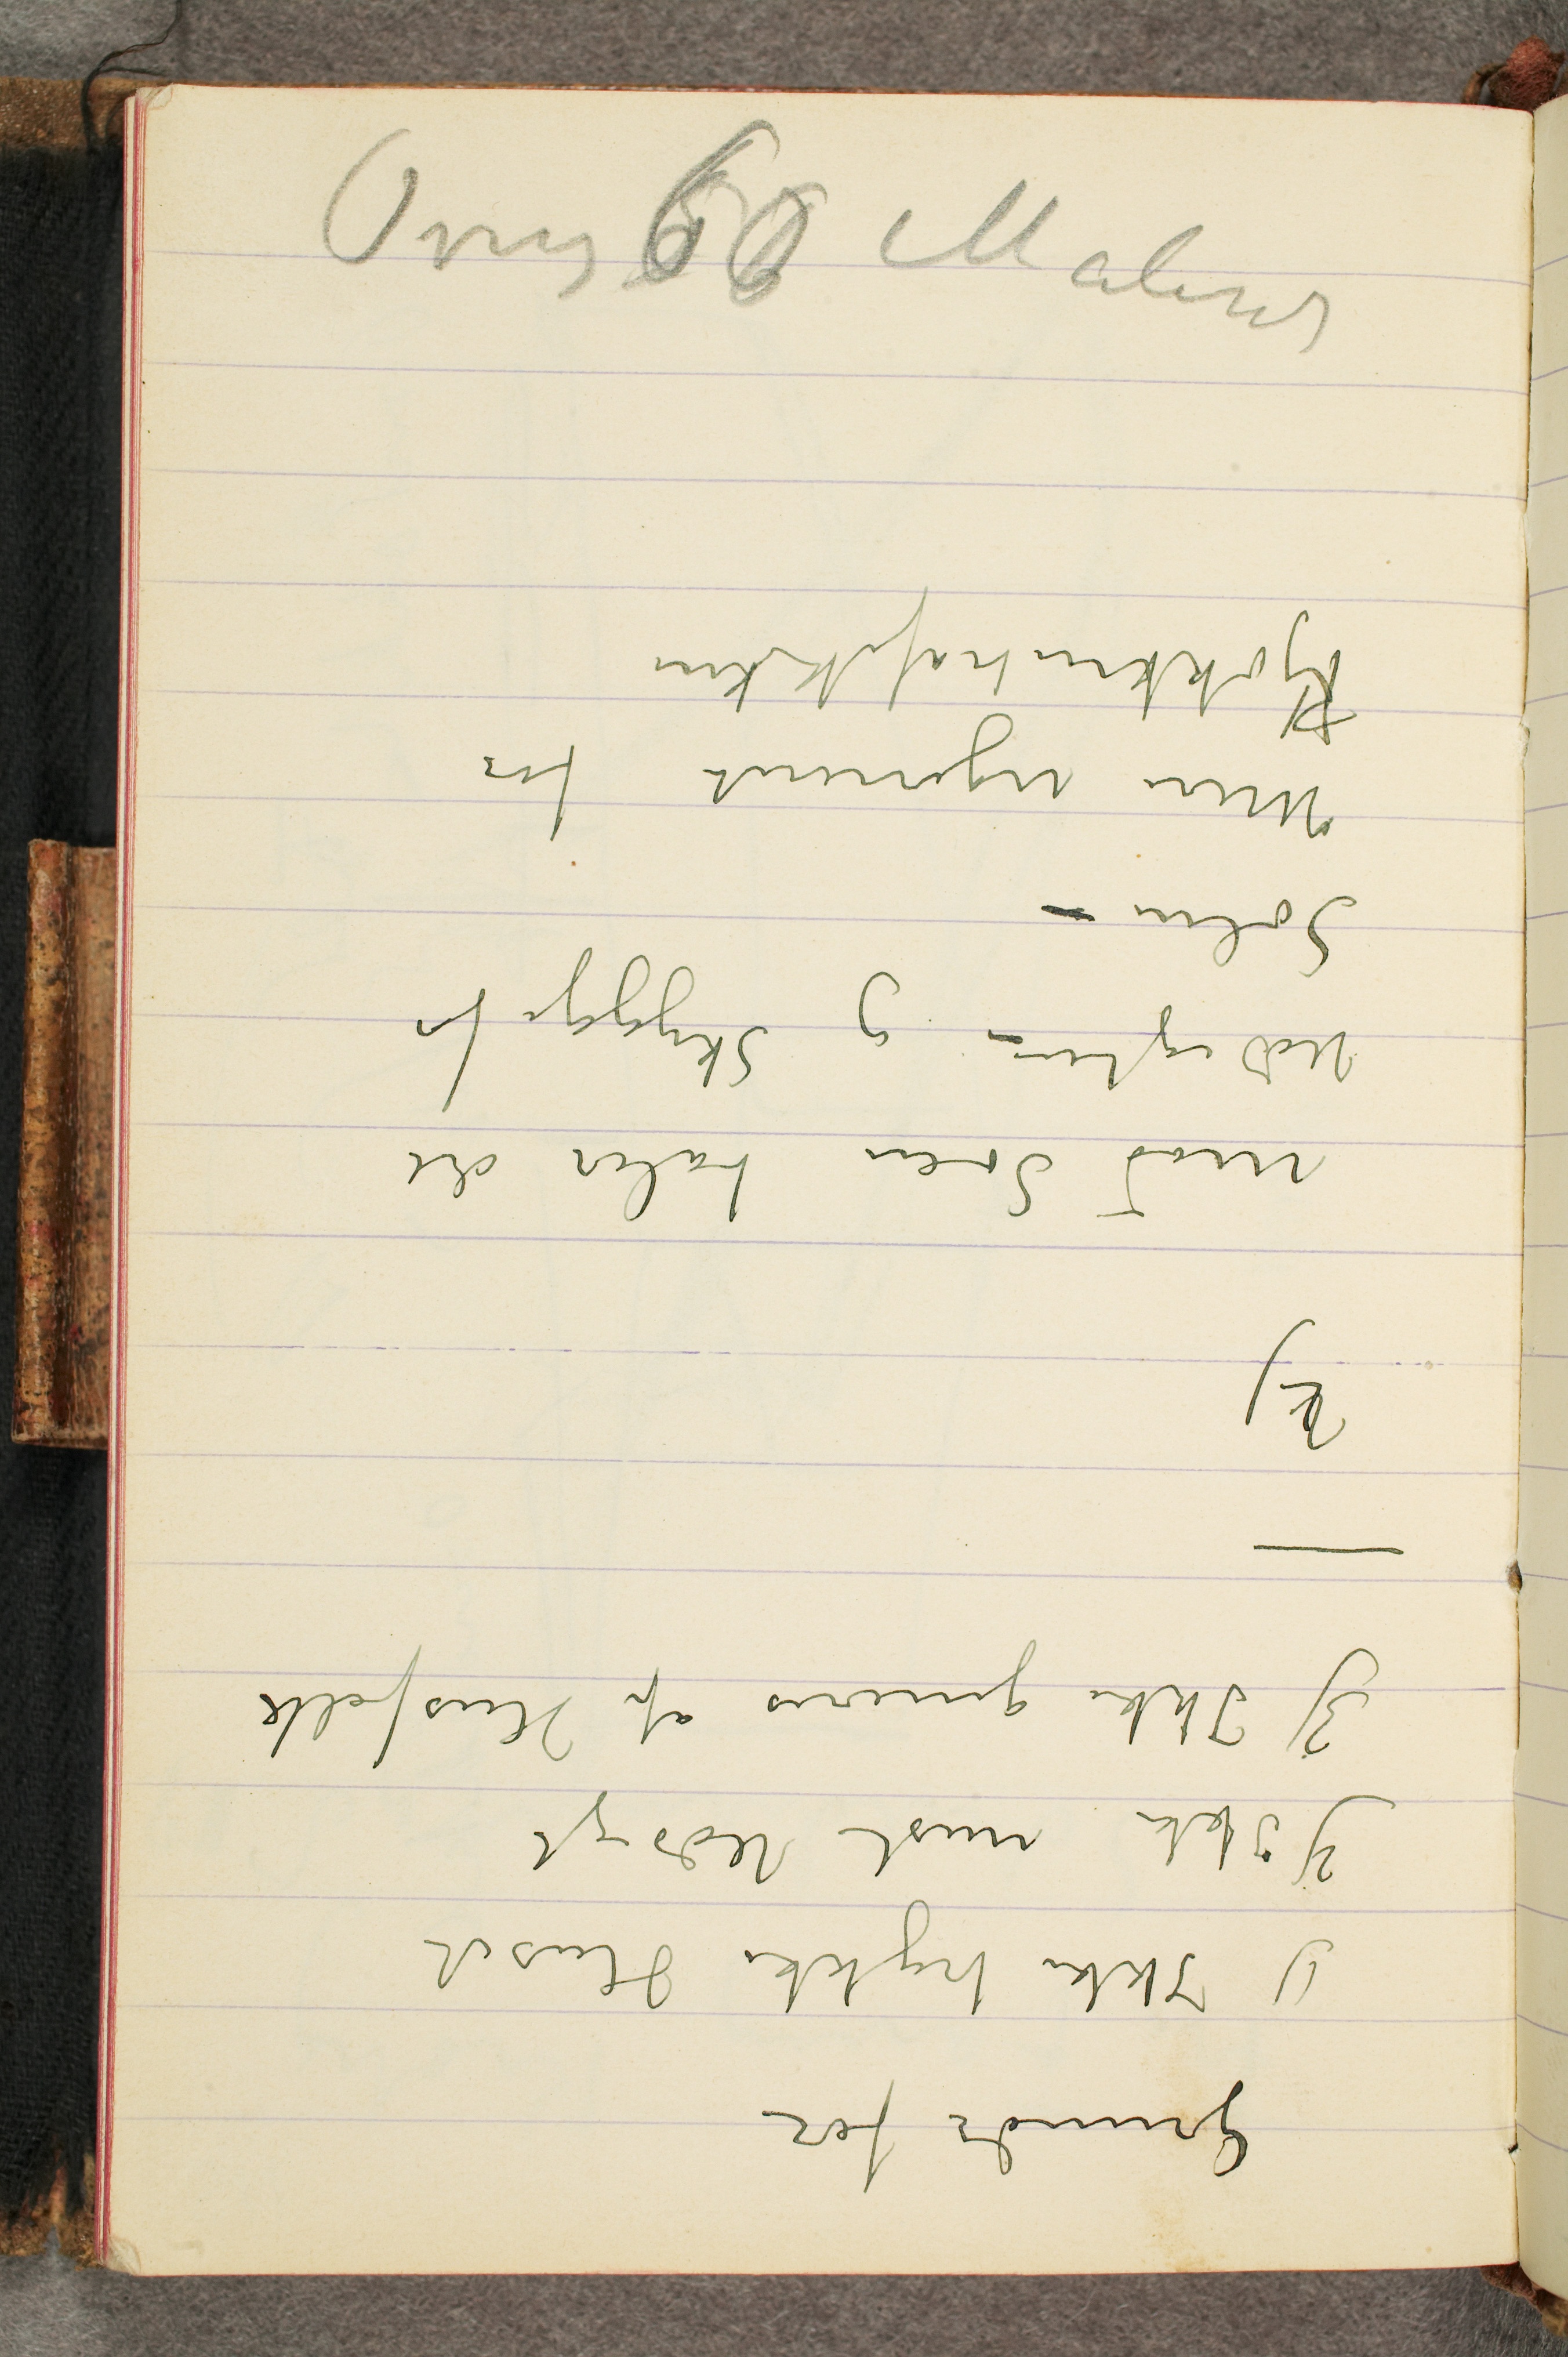
Over 60 Malerier

Grunde for
1) Ikke trykke Huset
2) Ikke miste Udsigt
3) Ikke generes af Husfolk
-
2)
mod Søen taber det
Udsigten - og Skygge for
Solen -
Mere ugeneret for
Kjøkkentrafikken